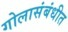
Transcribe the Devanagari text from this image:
गोलासंबंधीत